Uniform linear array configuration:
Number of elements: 24
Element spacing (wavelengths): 1
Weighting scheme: binomial
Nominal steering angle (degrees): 15
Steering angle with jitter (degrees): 13.27
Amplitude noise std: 0.05
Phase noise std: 0.05

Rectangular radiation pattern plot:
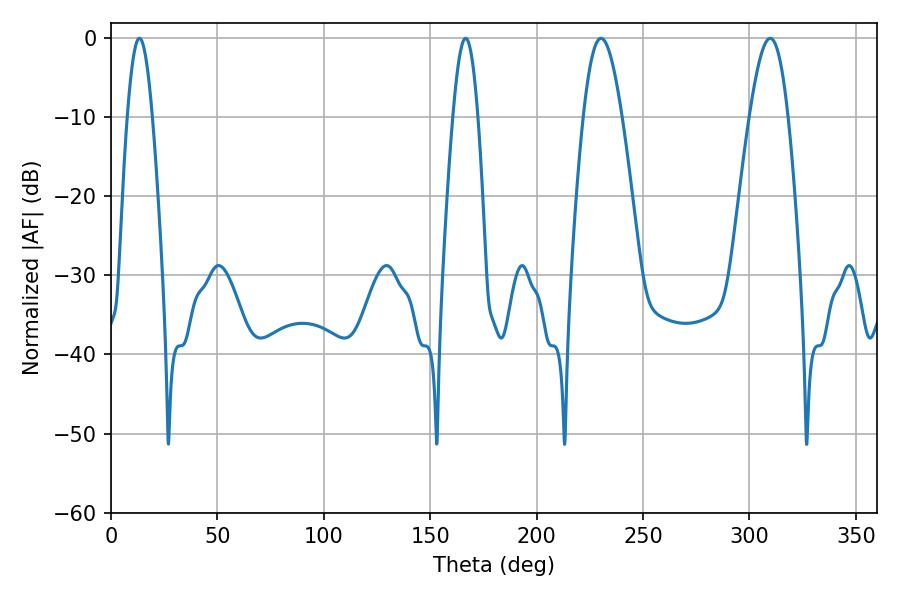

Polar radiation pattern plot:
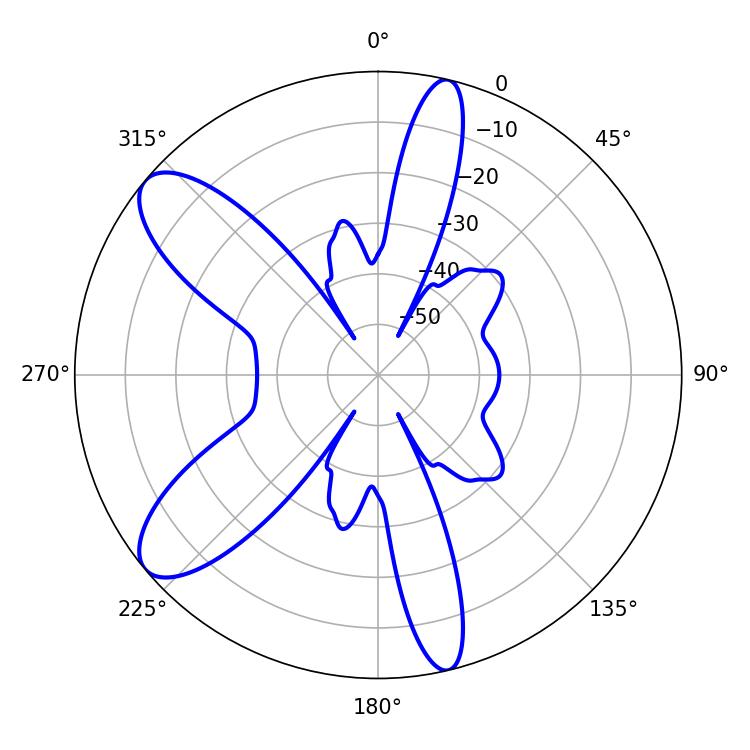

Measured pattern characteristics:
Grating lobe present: TRUE
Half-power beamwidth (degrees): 9.9
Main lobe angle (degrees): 230.22